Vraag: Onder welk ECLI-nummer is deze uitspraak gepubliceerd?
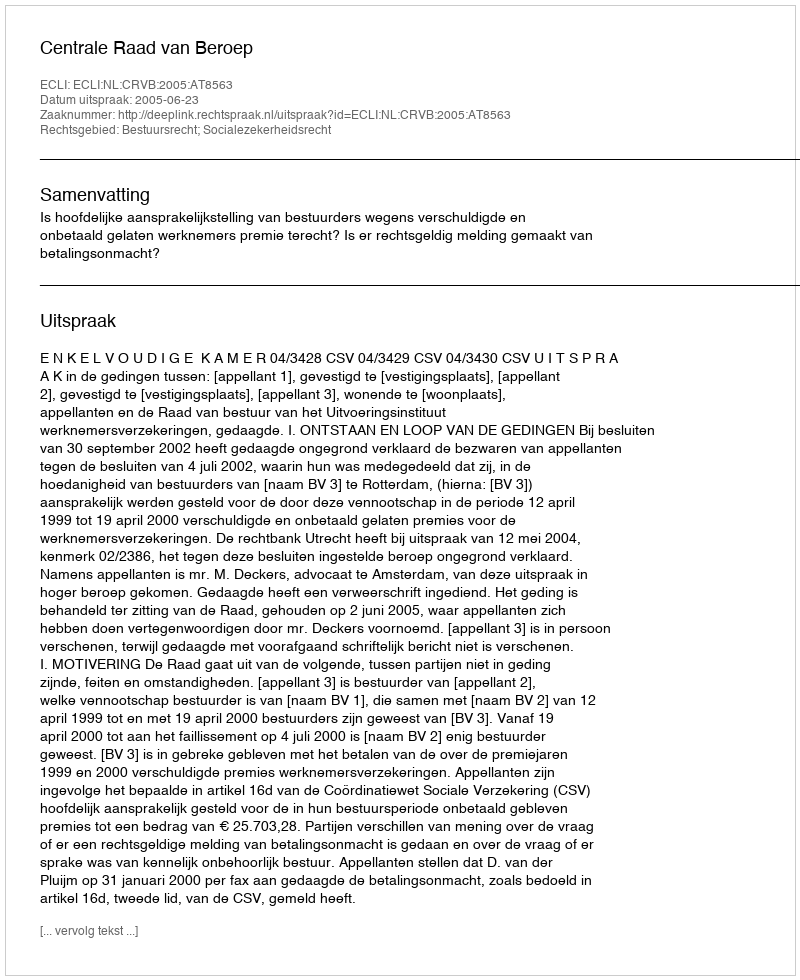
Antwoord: ECLI:NL:CRVB:2005:AT8563